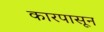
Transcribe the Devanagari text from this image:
कारपासून